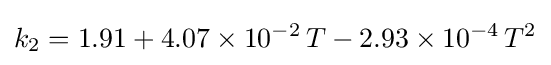
k_{2}=1.91+4.07\times 10^{-2}\,T-2.93\times 10^{-4}\,T^{2}